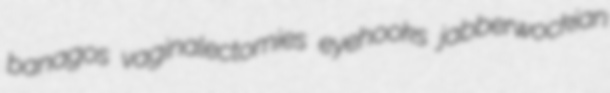
banagos vaginalectomies eyehooks jabberwockian